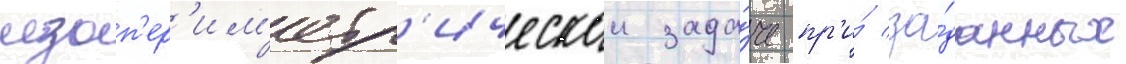
изоп'ер'им'етр'ическои зада́че пр'и́ за́данных